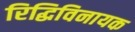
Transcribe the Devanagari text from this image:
रिद्धिविनायक